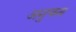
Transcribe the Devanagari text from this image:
अनुचना